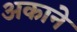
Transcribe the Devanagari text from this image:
अकाने